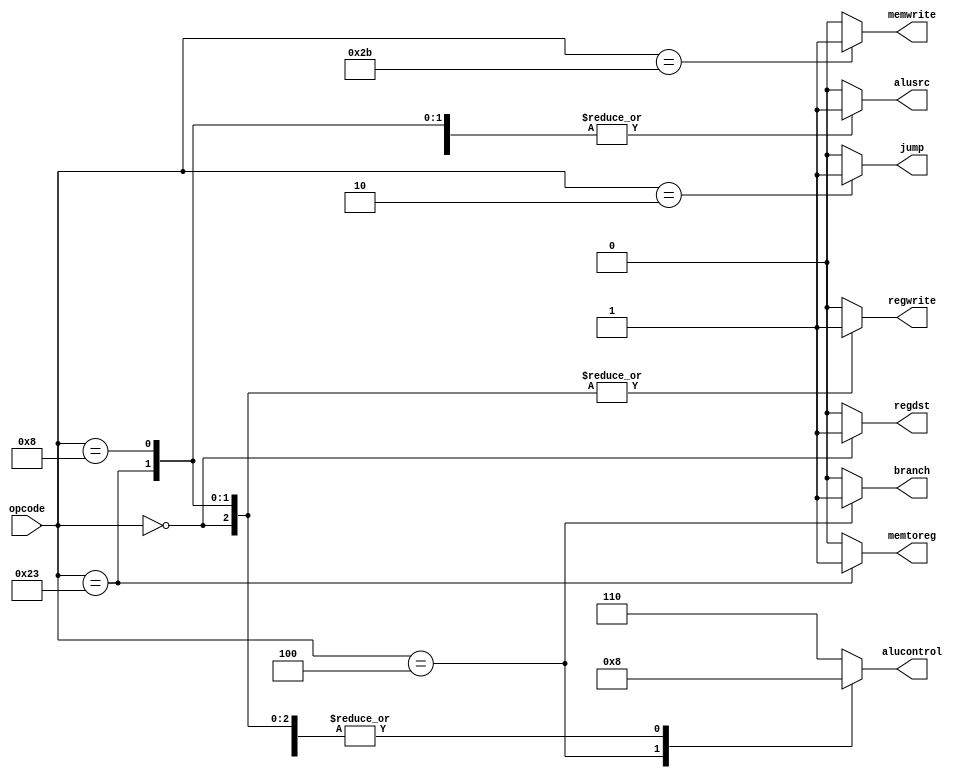
`timescale 1ns / 1ps

module control(
input [5:0] opcode,
output reg memtoreg,
output reg memwrite,
output reg branch,
output reg [2:0] alucontrol,
output reg alusrc,
output reg regdst,
output reg regwrite,
output reg jump
);
always@(*)
begin
    case(opcode)
        6'b100011: //lw
            begin
                memtoreg = 1;
                memwrite = 0;   
                branch = 0;
                alucontrol = 3'h0;  //add
                alusrc = 1;
                regdst = 0;
                regwrite = 1;
                jump = 0;
            end
        6'b101011: //sw
            begin
                memtoreg = 0;
                memwrite = 1;
                branch = 0;
                alucontrol = 3'h0;  //add
                alusrc = 1;
                regdst = 0;
                regwrite = 0;
                jump = 0;
            end
        6'b001000: //addi
            begin
                memtoreg = 0;
                memwrite = 0;
                branch = 0;
                alucontrol = 3'h0;  //add
                alusrc = 1;
                regdst = 0;
                regwrite = 1;
                jump = 0;
            end
        6'b000000: //add
            begin
                memtoreg = 0;
                memwrite = 0;
                branch = 0;
                alucontrol = 3'h0;
                alusrc = 0;
                regdst = 1;
                regwrite = 1;
                jump = 0;
            end
        6'b000100: //beq
            begin
                memtoreg = 0;
                memwrite = 0;
                branch = 1;
                alucontrol = 3'h1;
                alusrc = 0;
                regdst = 0;
                regwrite = 0;
                jump = 0;
            end
        6'b000010: //jump
            begin
                memtoreg = 0;
                memwrite = 0;
                branch = 0;
                alucontrol = 3'h0;
                alusrc = 0;
                regdst = 0;
                regwrite = 0;
                jump = 1;
            end
        default:
            begin
                memtoreg = 0;
                memwrite = 0;
                branch = 0;
                alucontrol = 3'h6;  // undefined
                alusrc = 0;
                regdst = 0;
                regwrite = 0;
                jump = 0;
            end
        endcase
end

endmodule